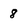
Character: 8